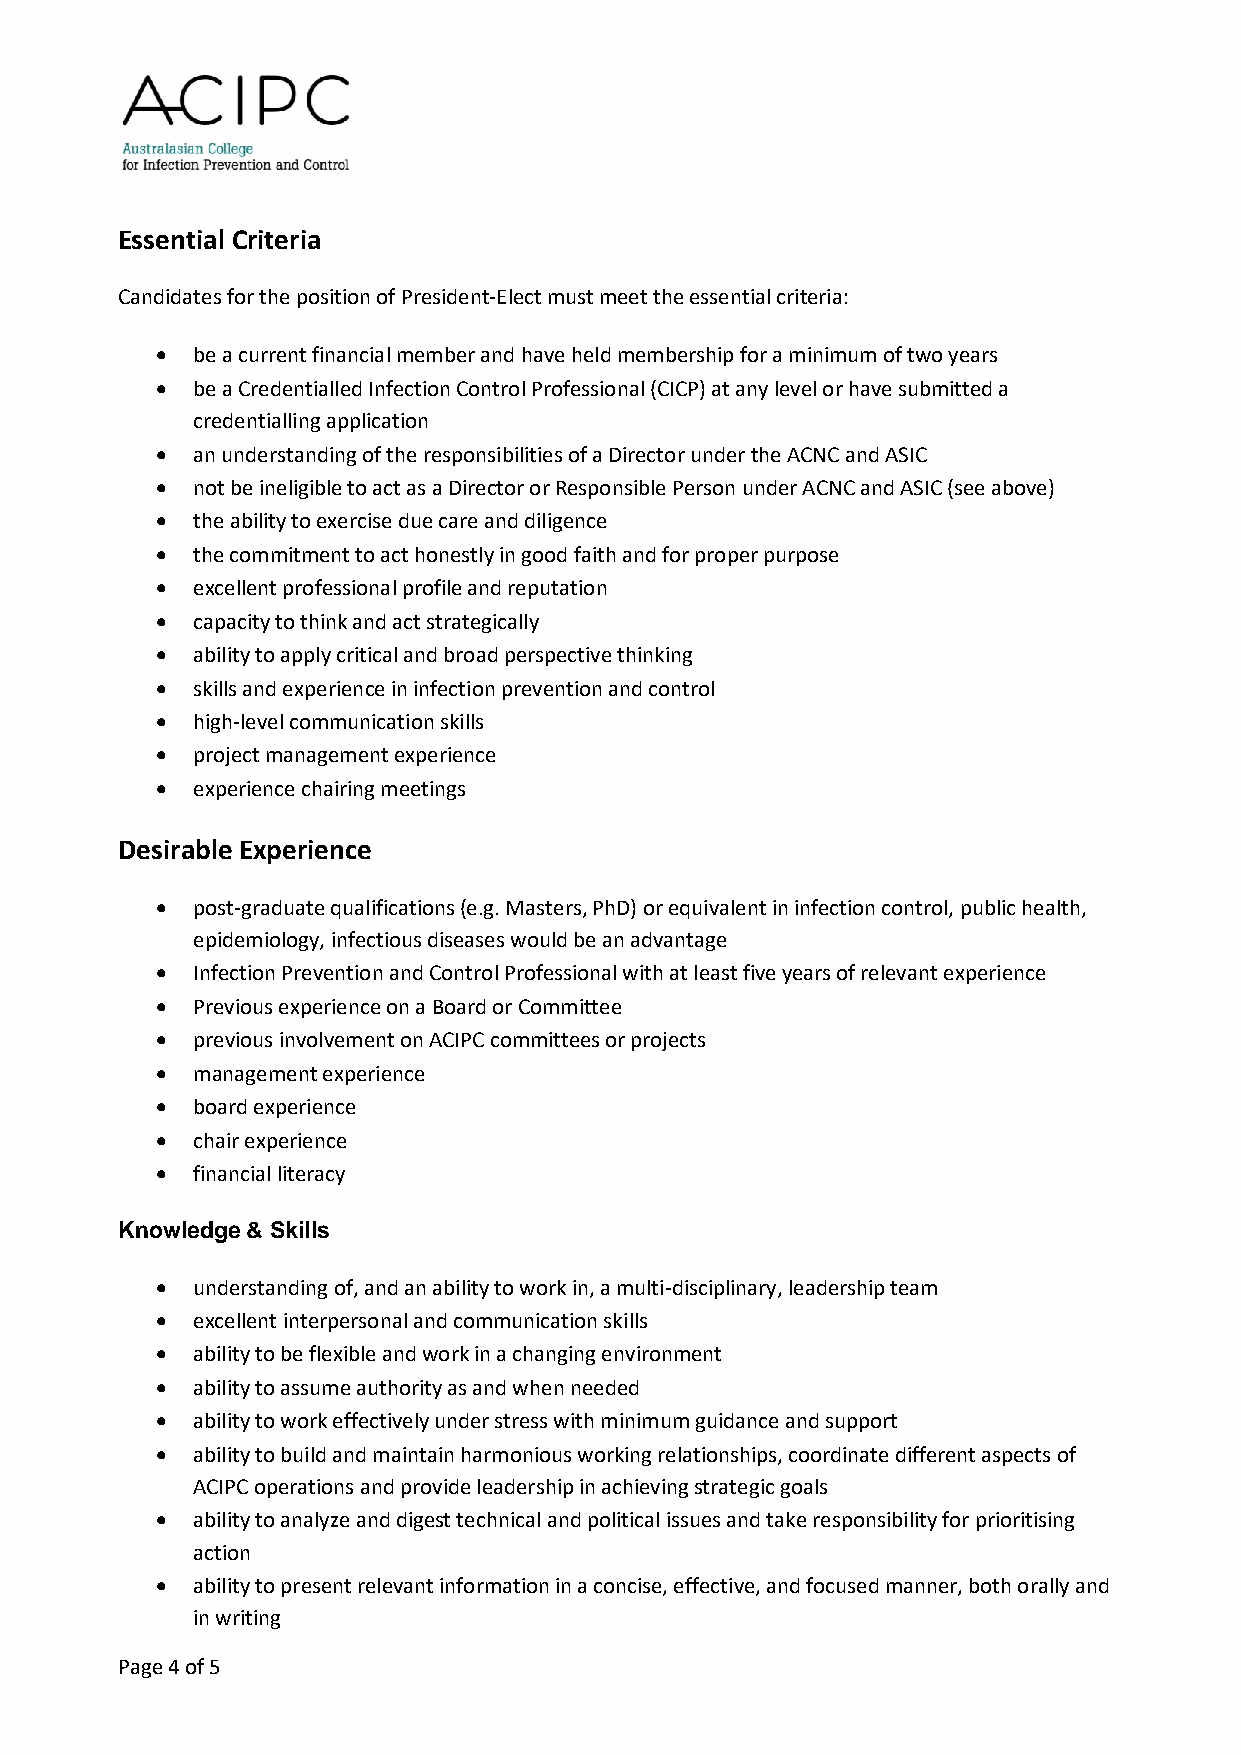
Essential Criteria
 Candidates for the position of President-Elect must meet the essential criteria:
 •  be a current financial member and have held membership for a minimum of two years
 •  be a Credentialled Infection Control Professional (CICP) at any level or have submitted a
 credentialling application
 •  an understanding of the responsibilities of a Director under the ACNC and ASIC
 •  not be ineligible to act as a Director or Responsible Person under ACNC and ASIC (see above)
 •  the ability to exercise due care and diligence
 •  the commitment to act honestly in good faith and for proper purpose
 •  excellent professional profile and reputation
 •  capacity to think and act strategically
 •  ability to apply critical and broad perspective thinking
 •  skills and experience in infection prevention and control
 •  high-level communication skills
 •  project management experience
 •  experience chairing meetings
 Desirable Experience
 •  post-graduate qualifications (e.g. Masters, PhD) or equivalent in infection control, public health,
 epidemiology, infectious diseases would be an advantage
 •  Infection Prevention and Control Professional with at least five years of relevant experience
 •  Previous experience on a Board or Committee
 •  previous involvement on ACIPC committees or projects
 •  management experience
 •  board experience
 •  chair experience
 •  financial literacy
 Knowledge & Skills
 •  understanding of, and an ability to work in, a multi-disciplinary, leadership team
 •  excellent interpersonal and communication skills
 •  ability to be flexible and work in a changing environment
 •  ability to assume authority as and when needed
 •  ability to work effectively under stress with minimum guidance and support
 •  ability to build and maintain harmonious working relationships, coordinate different aspects of
 ACIPC operations and provide leadership in achieving strategic goals
 •  ability to analyze and digest technical and political issues and take responsibility for prioritising
 action
 •  ability to present relevant information in a concise, effective, and focused manner, both orally and
 in writing
 Page 4 of 5